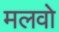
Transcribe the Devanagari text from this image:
मलवो